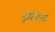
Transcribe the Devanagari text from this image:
लुंबिनीला